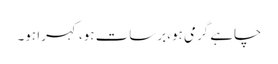
چاہے گرمی ہو، برسات ہو، کہرا ہو۔